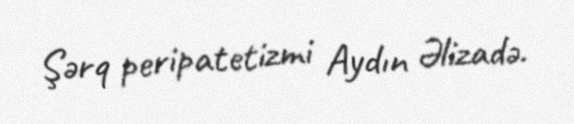
Şərq peripatetizmi Aydın Əlizadə.